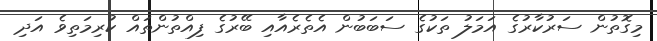
މިގޮތުން ސަރުކާރުގެ އަމަލު ތަކުގެ ސަބަބުން އެތެރެއާއި ބޭރުގެ ފިއްތުންތައް ކުރިމަތިވެ އަދި